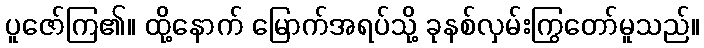
ပူဇော်ကြ၏။ ထို့နောက် မြောက်အရပ်သို့ ခုနစ်လှမ်းကြွတော်မူသည်။